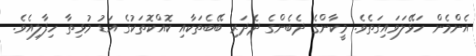
އެންމެން ހަޅޭލަވައިގަތެވެ. މީކާންގެ ދެބެންގެ ދެދަރި ބޭބެތަކާއި ކޮއްކޮތަކުގެ އަޑު މުޅިތާ ހިފާލިއެވެ.